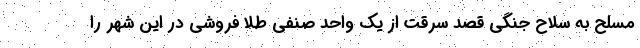
مسلح به سلاح جنگی قصد سرقت از یک واحد صنفی طلا فروشی در این شهر را